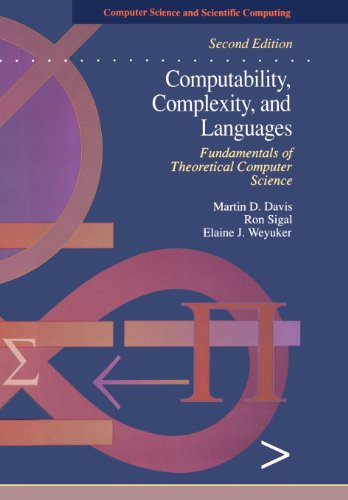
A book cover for Computability, Complexity, and Languages, Second Edition: Fundamentals of Theoretical Computer Science (Computer Science and Scientific Computing); Martin Davis; Computers & Technology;